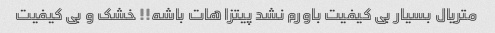
متریال بسیار بی کیفیت باورم نشد پیتزا هات باشه!! خشک و بی کیفیت